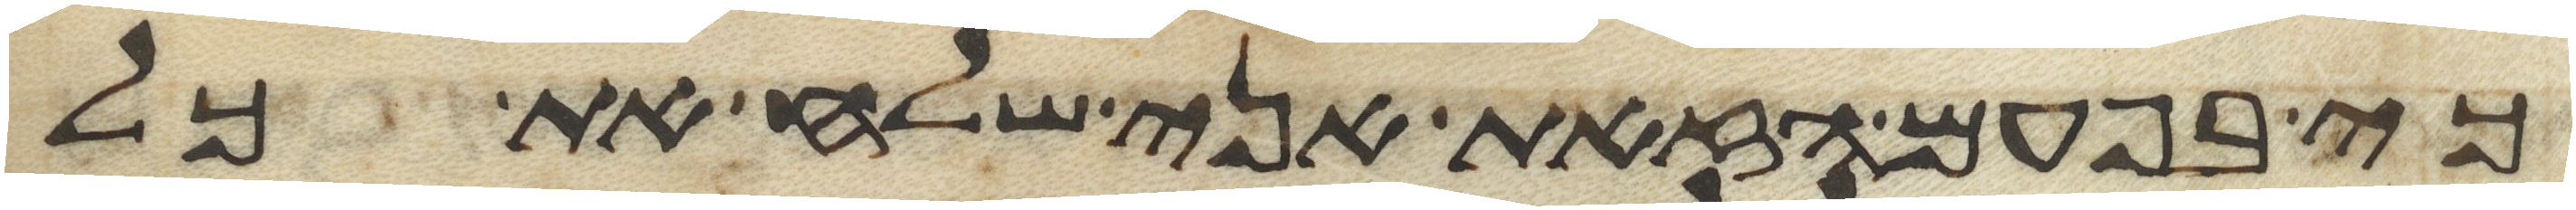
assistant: כי בפעם הזאת אני שלח את כל